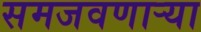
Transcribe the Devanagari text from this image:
समजवणाऱ्या